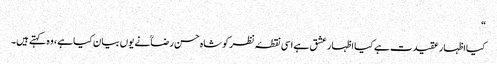
“
کیااظہار عقیدت ہے کیا اظہار عشق ہے اسی نقطۂ نظر کو شاہ حسن رضاؒنے یوں بیان کیا ہے، وہ کہتے ہیں۔